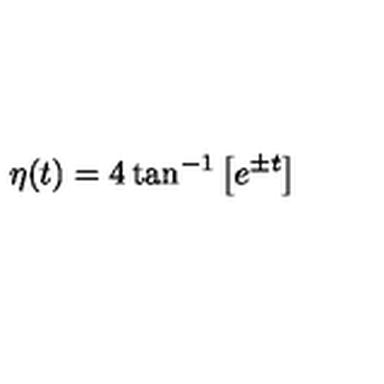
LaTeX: \eta ( t ) = 4 \tan ^ { - 1 } \left[ e ^ { \pm t } \right]